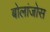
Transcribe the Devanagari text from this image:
बोलांजोस